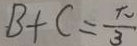
B + C = \frac { \pi } { 3 }